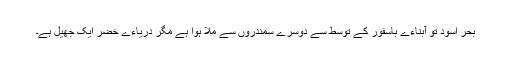
بحر اسود تو آبناءے باسفور کے توسط سے دوسرے سمندروں سے ملا ہوا ہے مگر دریاءے خضر ایک جھیل ہے۔